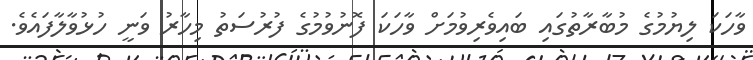
ވާހަކަ ލިޔުމުގެ މުބާރާތުގައި ބައިވެރިވުމަށް ވާހަކަ ފޮނުވުމުގެ ފުރުސަތު މިހާރު ވަނީ ހުޅުވާލާފައެވެ.